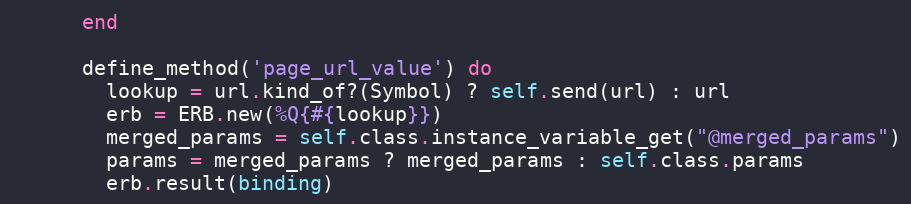
Language: Ruby
      end

      define_method('page_url_value') do
        lookup = url.kind_of?(Symbol) ? self.send(url) : url
        erb = ERB.new(%Q{#{lookup}})
        merged_params = self.class.instance_variable_get("@merged_params")
        params = merged_params ? merged_params : self.class.params
        erb.result(binding)